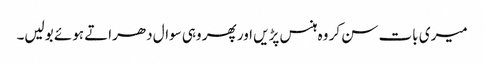
میری بات سن کر وہ ہنس پڑیں اور پھر وہی سوال دھراتے ہوئے بولیں۔